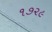
૧૭૨૯